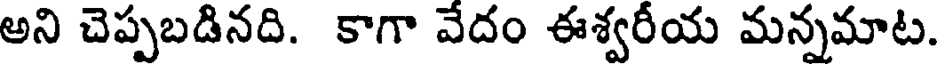
అని చెప్పబడినది. కాగా వేదం ఈశ్వరీయ మన్నమాట.